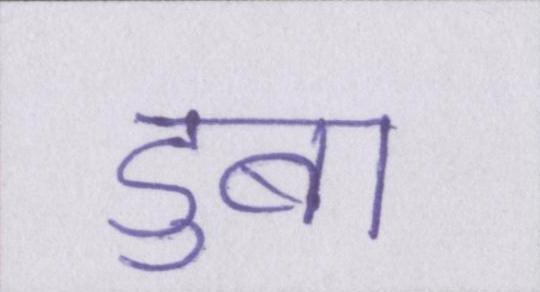
डुबा